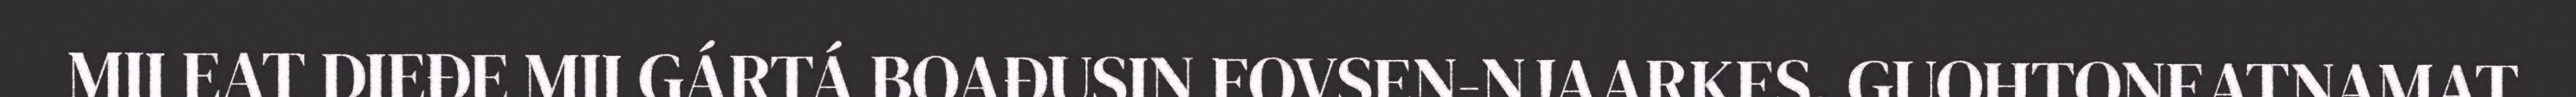
MII EAT DIEĐE MII GÁRTÁ BOAĐUSIN FOVSEN-NJAARKES. GUOHTONEATNAMAT